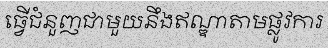
ធ្វើជំនួញជាមួយនឹងឥណ្ឌាតាមផ្លូវការ